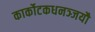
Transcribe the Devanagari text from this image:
कार्कोटकधनञ्जयौ